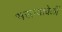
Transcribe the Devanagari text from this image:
भरल्यावेळीं